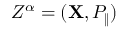
Z ^ { \alpha } = ( { \bf X } , P _ { \| } )